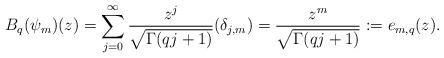
LaTeX: \begin{align*}B_q(\psi_m)(z)=\sum_{j=0}^{\infty}\frac{z^j}{\sqrt{\Gamma(qj+1)}}(\delta_{j,m})=\frac{z^m}{\sqrt{\Gamma(qj+1)}} := e_{m,q}(z). \end{align*}